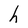
Character: h